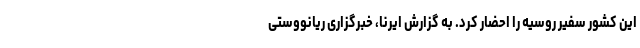
این کشور سفیر روسیه را احضار کرد. به گزارش ایرنا، خبرگزاری ریانووستی